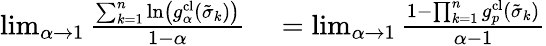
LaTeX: \begin{array}{rl}{\operatorname*{lim}_{\alpha\to 1}\frac{\sum_{k=1}^{n}\ln\left(g_{\alpha}^{\textrm{cl}}(\tilde{\sigma}_{k})\right)}{1-\alpha}}&{{}=\operatorname*{lim}_{\alpha\to 1}\frac{1-\prod_{k=1}^{n}g_{p}^{\textrm{cl}}(\tilde{\sigma}_{k})}{\alpha-1}}\end{array}